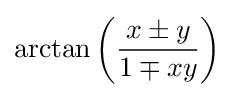
\arctan \left({\frac {x\pm y}{1\mp xy}}\right)